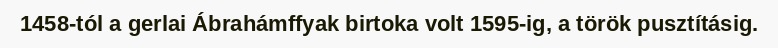
1458-tól a gerlai Ábrahámffyak birtoka volt 1595-ig, a török pusztításig.